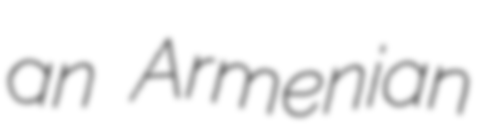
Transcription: an Armenian